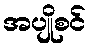
အပျိုစင်